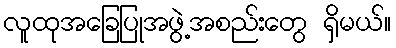
လူထုအခြေပြုအဖွဲ့အစည်းတွေ ရှိမယ်။